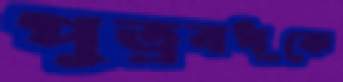
পুত্রবধূকে